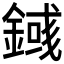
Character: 𨪎